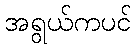
အရွယ်ကပင်